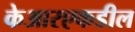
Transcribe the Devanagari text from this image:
केआरएकडील